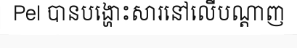
Pel បានបង្ហោះសារនៅលើបណ្តាញ